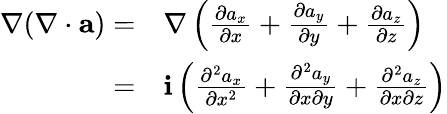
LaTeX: \begin{array}{rl}{\nabla(\nabla\cdot{\mathbf a})=}&{{}\nabla\left(\frac{\partial a_{x}}{\partial x}+\frac{\partial a_{y}}{\partial y}+\frac{\partial a_{z}}{\partial z}\right)}\\ {=}&{{}{\mathbf i}\left(\frac{\partial^{2}a_{x}}{\partial x^{2}}+\frac{\partial^{2}a_{y}}{\partial x\partial y}+\frac{\partial^{2}a_{z}}{\partial x\partial z}\right)}\end{array}